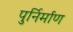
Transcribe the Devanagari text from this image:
पुर्निर्माण